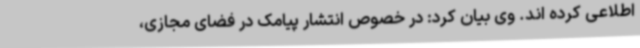
اطلاعی کرده اند. وی بیان کرد: در خصوص انتشار پیامک در فضای مجازی،